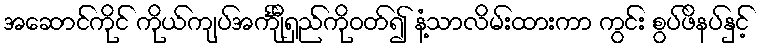
အဆောင်ကိုင် ကိုယ်ကျပ်အင်္ကျီရှည်ကိုဝတ်၍ နံ့သာလိမ်းထားကာ ကွင်း စွပ်ဖိနပ်နှင့်